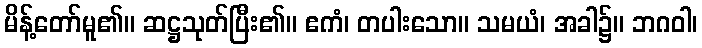
မိန့်တော်မူ၏။ ဆဋ္ဌသုတ်ပြီး၏။ ဧကံ၊ တပါးသော။ သမယံ၊ အခါ၌။ ဘဂဝါ၊